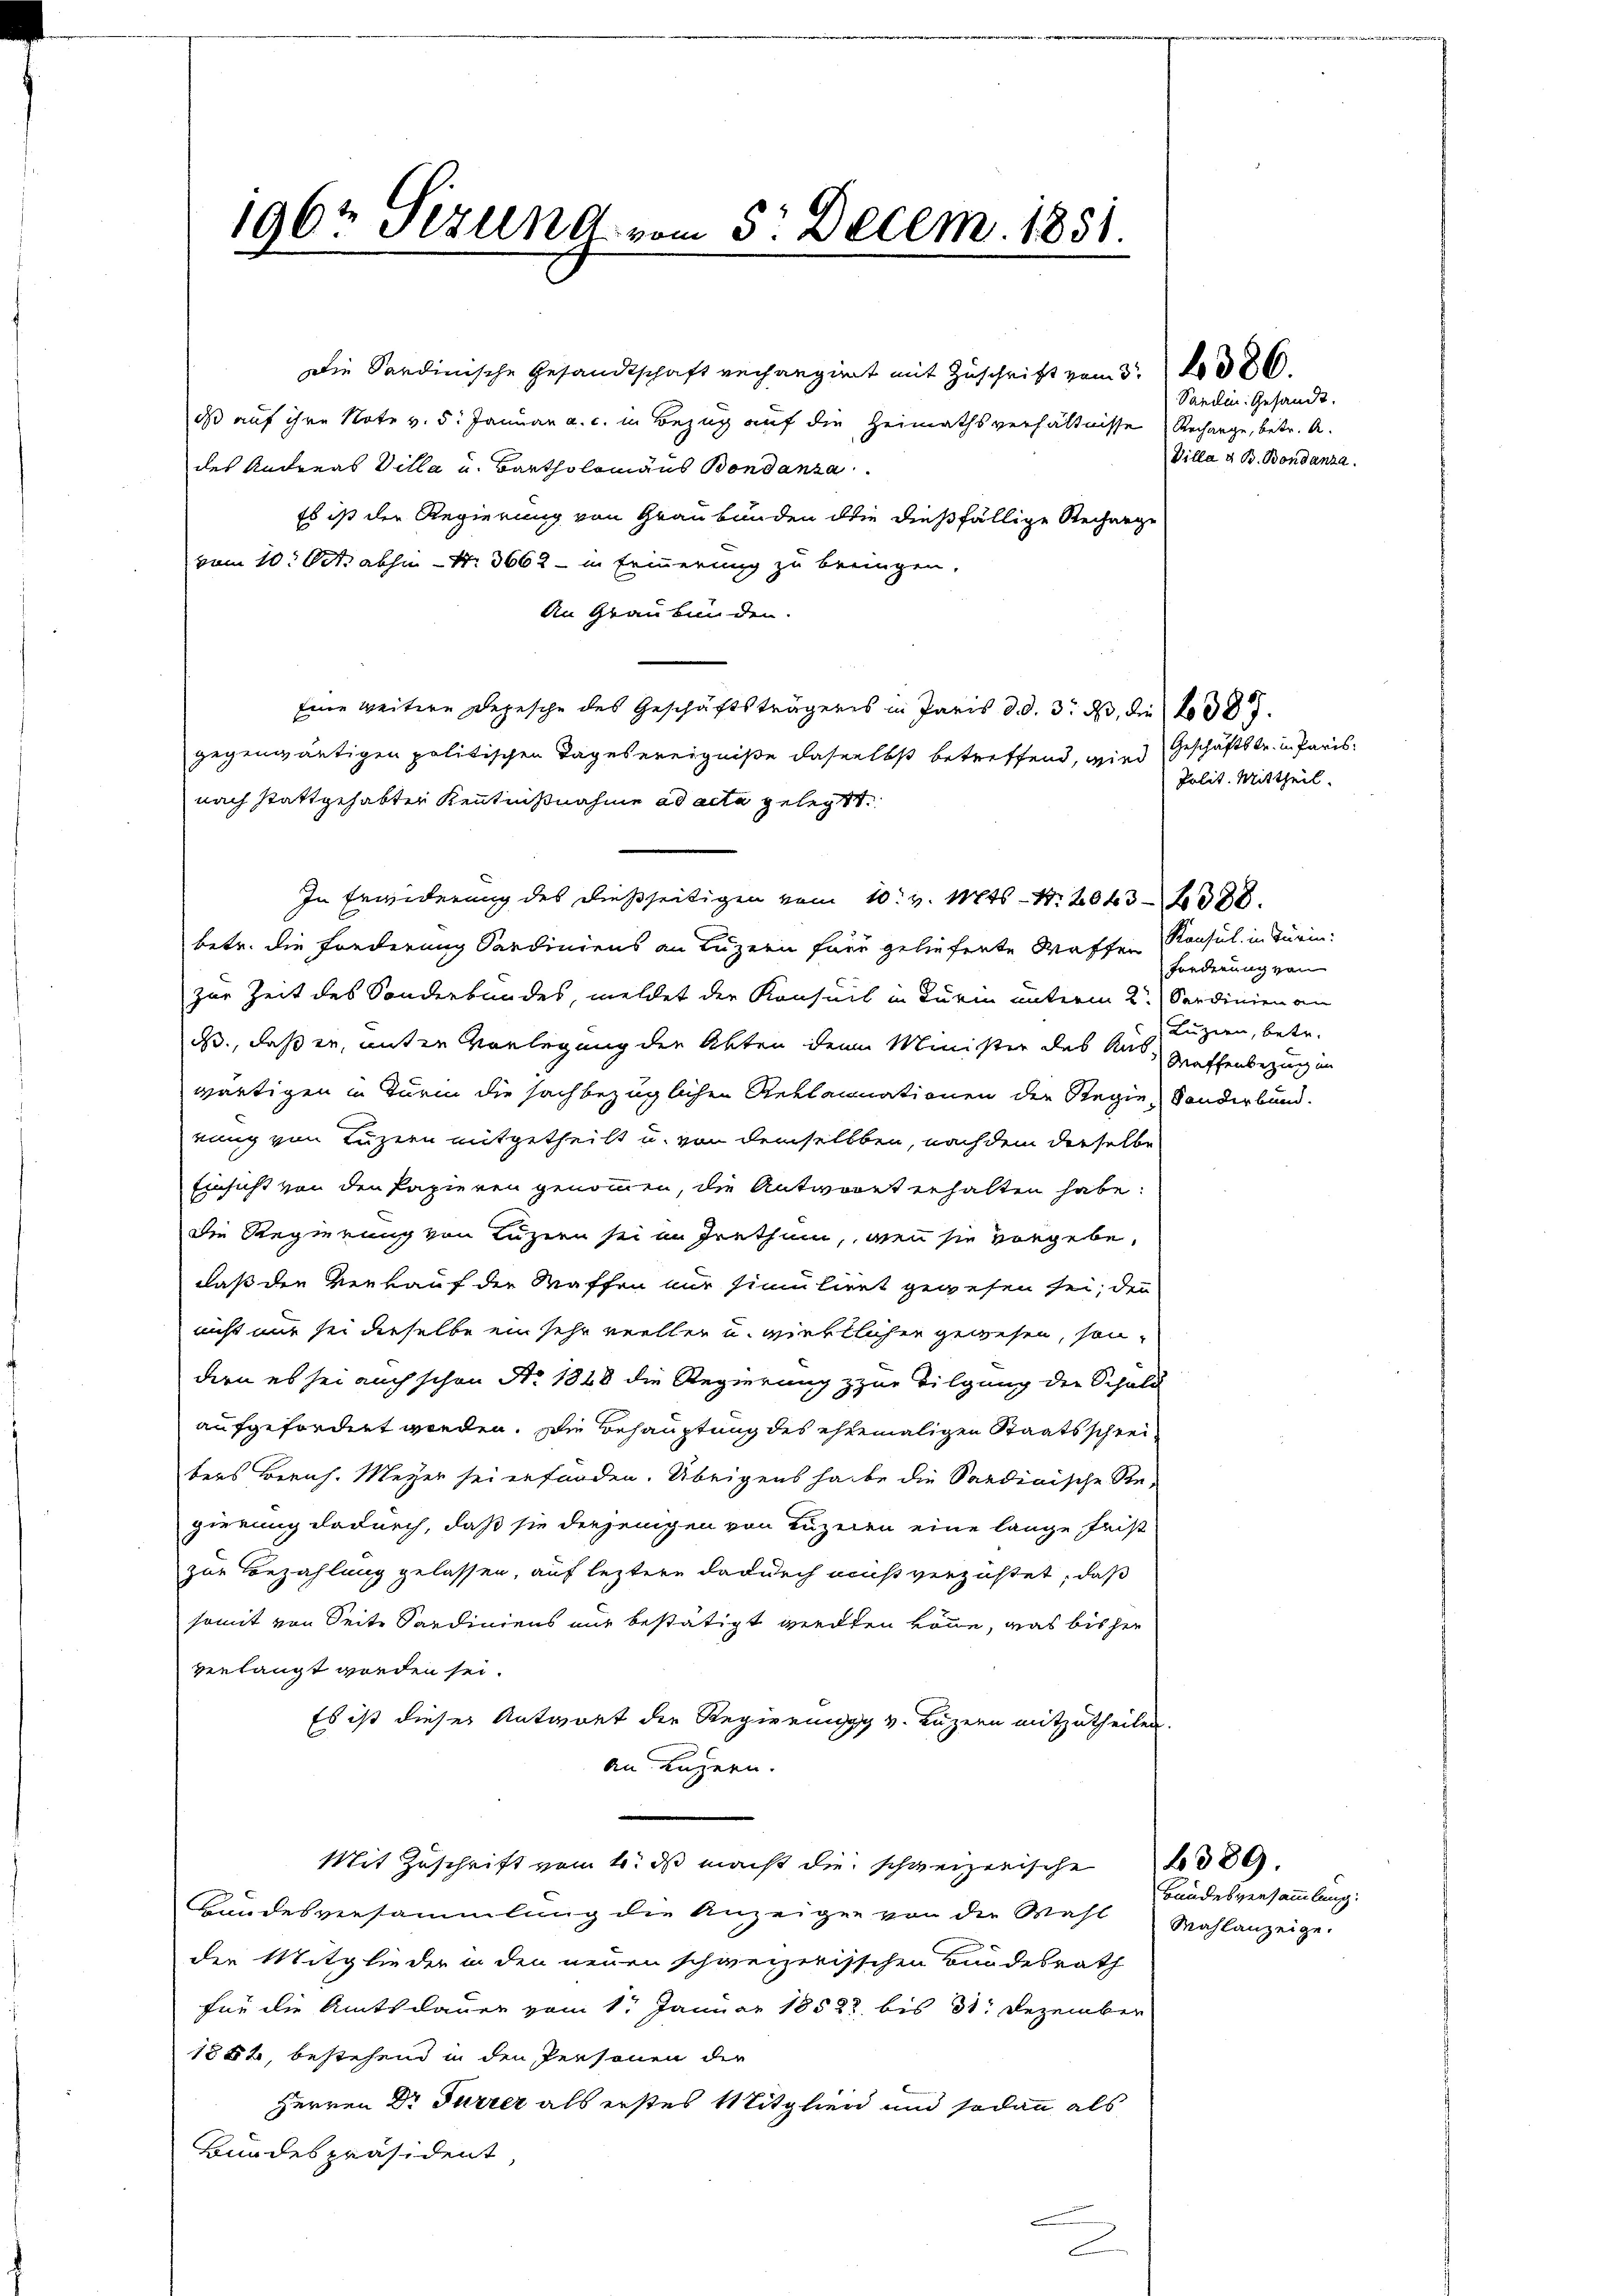
1962 Sizung vom 5. Decem. 1851.

Die Sardinische Gesandtschaft verhangiert mit Zuschrift vom 3. No 386.
ds auf ihre Note v. 5. Januar a. c. in Bezug auf die Heimathsverhältnisse Rechange, betr. A.
des Andreas Villa u. Bartholomäus Bondanza
Es ist der Regierung von Graubünden die dießfällige Rechnige
vom 10. Oct. abhin Nr. 3662 - in Erinnerung zu bringen,
An Graubünden.
Eine weitere Depesche des Geschäftsträgeres in Paris d. d. 3. 23, die 1387.
gegenwärtigen politischen Tages ereigniße daselbst betreffend, wird Geschäftstr. in Parisnach stattgehabten Kenntnißnahme ad acta gelegt.
In Erwiderung des dießseitigen vom 10. v. Mts. S. 204388.
betr. die Forderung Sardiniens an Luzern für gelieferte Waffen Konsul in Turin
zur Zeit des Sonderbundes, meldet der Konseit in Turin unterm 2. Sendinien an
B., daß er, unter Vorlegung der Akten denn Minister des Aus Waffenbezug in
wärtigen in Turin die sachbezüglichen Reklamnationen der Regie, Sonderbund.
rung von Luzern mitgetheilt u. von demselben, nach dem derselbe
Einsicht von den Papieren genommen, die Antwort erhalten habe.
die Regierung von Luzer sei im Irrthum, wenn sie vorgebe,
daß den Verkauf der Waffen nur simuliret gewesen sei, denn
nicht nur sei dieselbe ein sehr reellen u. wirktlicher gewesen, sondern es sei auch schon No. 1848 die Regierung zur Tilgung der Schuld
aufgefordert worden. Die Behauptung des ehemaligen Staatsschreibers Berich. Meyer sei erforden. Übrigens habe die Sardinische Re-
gierung dadurch, daß sie derjenigen von Luzeien eine lange Frist
zur Bezahlung gelassen, auf leztere dadurch muß verzüstet, daß
somit von Seite Sardiniens nur bestätigt werden könne, was bisher
verlangt worden sei.
Es ist dieses Antwort die Regierung v. Luzern mitzutheilen.
an Luzern.
Mit Zuschrift vom 4. ds macht die schweizerische
Bundesversammlung die Anzeigen von der Wahl
der Mitglieder in den neuen schweizerisschen Bundesrath
für die Amtsdauer vom 1. Januar 18582 bis 31. Dezember
1882, bestehend in den Personen die
Herren Dr Furrer als erstes Mitglied und sodann als
Bundespräsident,

Vanden Gesandt.
Villa & B. Bondanza.

Polit. Mittheil.

Forderung von
Luzien, betr.

Bundesversammlung:
Wahlanzeige.